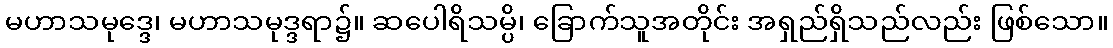
မဟာသမုဒ္ဒေ၊ မဟာသမုဒ္ဒရာ၌။ ဆပေါရိသမ္ပိ၊ ခြောက်သူအတိုင်း အရှည်ရှိသည်လည်း ဖြစ်သော။